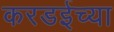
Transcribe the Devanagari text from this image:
करडईच्या